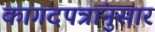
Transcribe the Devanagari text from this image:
कागदपत्रांनुसार